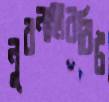
নুরনাহারবিট